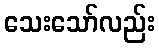
သေးသော်လည်း